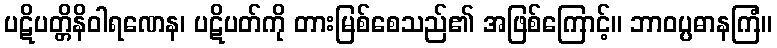
ပဋိပတ္တိနိဝါရဏေန၊ ပဋိပတ်ကို တားမြစ်စေသည်၏ အဖြစ်ကြောင့်။ ဘာဝပ္ပဓာနကြံ။